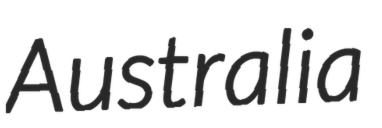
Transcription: Australia